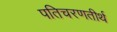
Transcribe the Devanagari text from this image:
पतिचरणतीर्थ